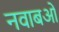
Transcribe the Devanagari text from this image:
नवाबओं